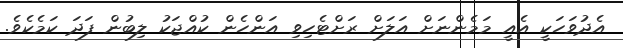
އެދުވަހަކީ އެއީ މަމެންނަށް އަލަށް ރަށްޓެހިވި އަންހެން ކުއްޖަކު ލިބުން ފަދަ ކަމެކެވެ.